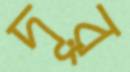
দূর্